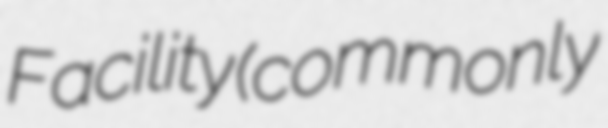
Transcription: Facility (commonly